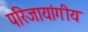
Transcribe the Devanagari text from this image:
परिजायांगीय